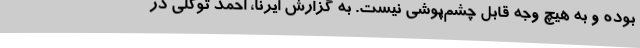
بوده و به هیچ وجه قابل چشم‌پوشی نیست. به گزارش ایرنا، احمد توکلی در